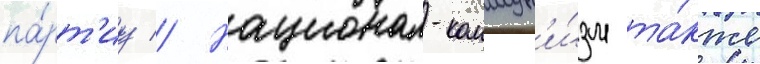
па́рт'иу // Национал-коммун'и́зм та́кже